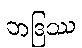
ဘဒြဿ